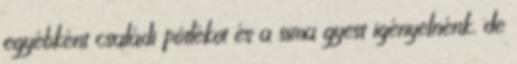
egyébként családi pótlékot és a sima gyest igényelnénk, de